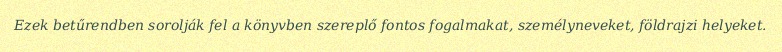
Ezek betűrendben sorolják fel a könyvben szereplő fontos fogalmakat, személyneveket, földrajzi helyeket.